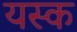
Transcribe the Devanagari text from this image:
यस्क